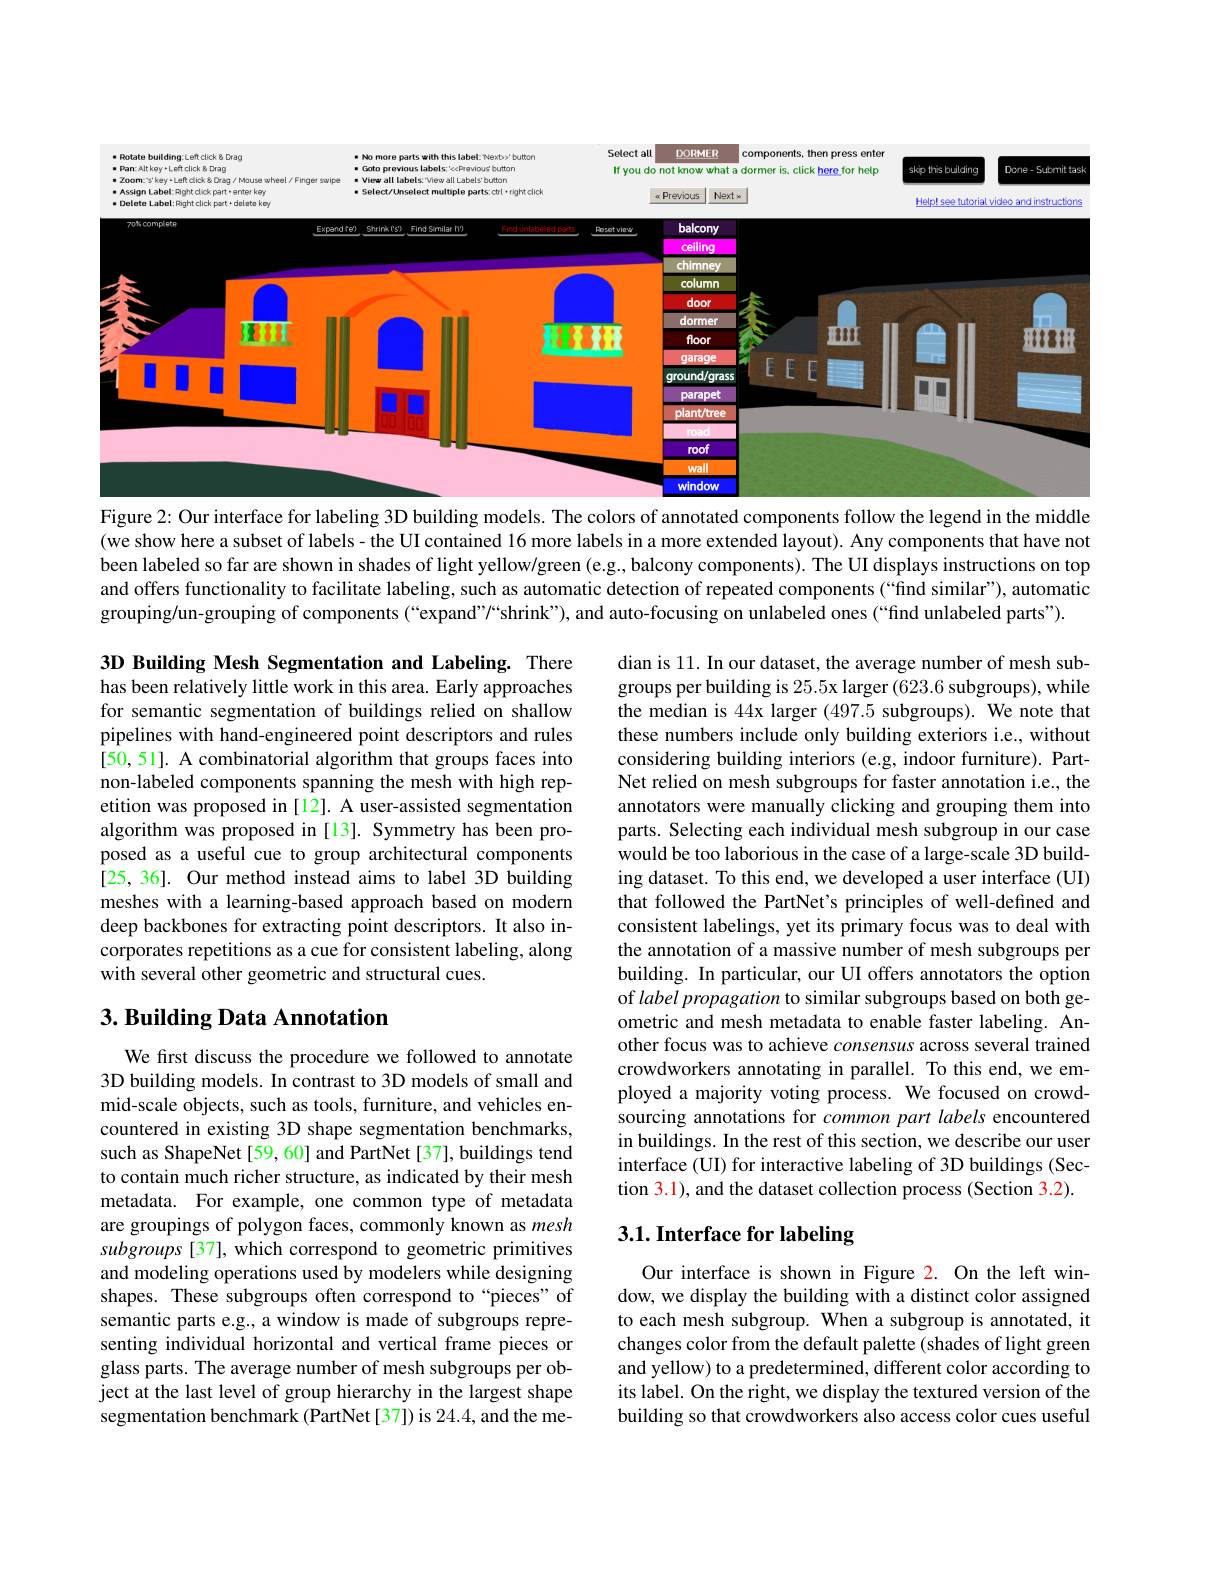
<FigureHere>

Figure 2: Our interface for labeling 3D building models. The colors of annotated components follow the legend in the middle

(we show here a subset of labels- the UI contained 16 more labels in a more extended layout). Any components that have not been labeled so far are shown in shades of light yellow/green (e.g., balcony components). The UI displays instructions on top and offers functionality to facilitate labeling, such as automatic detection of repeated components (“find similar”), automatic grouping/un-grouping of components (“expand”/“shrink”), and auto-focusing on unlabeled ones (“find unlabeled parts").

3D Building Mesh Segmentation and Labeling. There has been relatively little work in this area. Early approaches for semantic segmentation of buildings relied on shallow pipelines with hand-engineered point descriptors and rules [50, 51]. A combinatorial algorithm that groups faces into non-labeled components spanning the mesh with high repetition was proposed in[12]. A user-assisted segmentation algorithm was proposed in [13]. Symmetry has been proposed as a useful cue to group architectural components [25, 36]. Our method instead aims to label 3D building meshes with a learning-based approach based on modern deep backbones for extracting point descriptors. It also incorporates repetitions as a cue for consistent labeling, along with several other geometric and structural cues.

dian is 11. In our dataset, the average number of mesh subgroups per building is 25.5x larger (623.6 subgroups), while the median is 44x larger (497.5 subgroups). We note that these numbers include only building exteriors i.e., without considering building interiors (e.g, indoor furniture). PartNet relied on mesh subgroups for faster annotation i.e., the annotators were manually clicking and grouping them into parts. Selecting each individual mesh subgroup in our case would be too laborious in the case of a large-scale 3D building dataset. To this end, we developed a user interface (UI) that followed the PartNet's principles of well-defined and consistent labelings, yet its primary focus was to deal with the annotation of a massive number of mesh subgroups per building. In particular, our UI offers annotators the option of label propagation to similar subgroups based on both geometric and mesh metadata to enable faster labeling. Another focus was to achieve consensus across several trained crowdworkers annotating in parallel. To this end, we employed a majority voting process. We focused on crowdsourcing annotations for common part labels encountered in buildings. In the rest of this section, we describe our user interface (UI) for interactive labeling of 3D buildings (Section 3.1), and the dataset collection process (Section 3.2)

## 3. Building Data Annotation

# 3.1. Interface for labeling

We first discuss the procedure we followed to annotate 3D building models. In contrast to 3D models of small and mid-scale objects, such as tools, furniture, and vehicles encountered in existing 3D shape segmentation benchmarks, such as ShapeNet [59, 60] and PartNet [37], buildings tend to contain much richer structure, as indicated by their mesh metadata. For example, one common type of metadata are groupings of polygon faces, commonly known as mesh subgroups [37], which correspond to geometric primitives and modeling operations used by modelers while designing shapes. These subgroups often correspond to“pieces”of semantic parts e.g., a window is made of subgroups representing individual horizontal and vertical frame pieces or glass parts. The average number of mesh subgroups per object at the last level of group hierarchy in the largest shape segmentation benchmark (PartNet[37]) is 24.4, and the me-

Our interface is shown in Figure 2. On the left window, we display the building with a distinct color assigned to each mesh subgroup. When a subgroup is annotated, it changes color from the default palette (shades of light green and yellow) to a predetermined, different color according to its label. On the right, we display the textured version of the building so that crowdworkers also access color cues useful